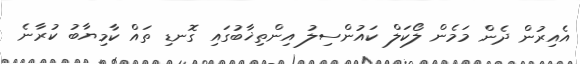
އެއިރުން ދެން މަމެން ލޯކަލް ކައުންސިލު އިންތިޚާބުގައި ގޮނޑި ތައް ކާމިޔާބު ކުރާނެ